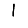
Digit: 1